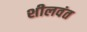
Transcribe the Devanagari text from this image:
शीलवंत